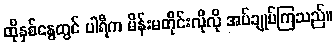
ထိုနှစ်နွေတွင် ပါရီက မိန်းမတိုင်းလိုလို အပ်ချုပ်ကြသည်။